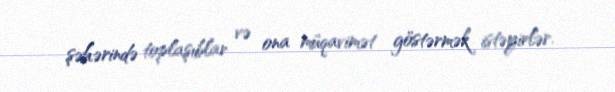
şəhərində toplaşıblar və ona müqavimət göstərmək istəyirlər.